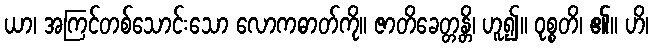
ယာ၊ အကြင်တစ်သောင်းသော လောကဓာတ်ကို။ ဇာတိခေတ္တန္တိ၊ ဟူ၍။ ဝုစ္စတိ၊ ၏။ ဟိ၊